Vital statistics of India. Vol. IV, Annual returns from 1871 to 1876. British Army of India, Native Army and jails of Bengal
Year: 1871
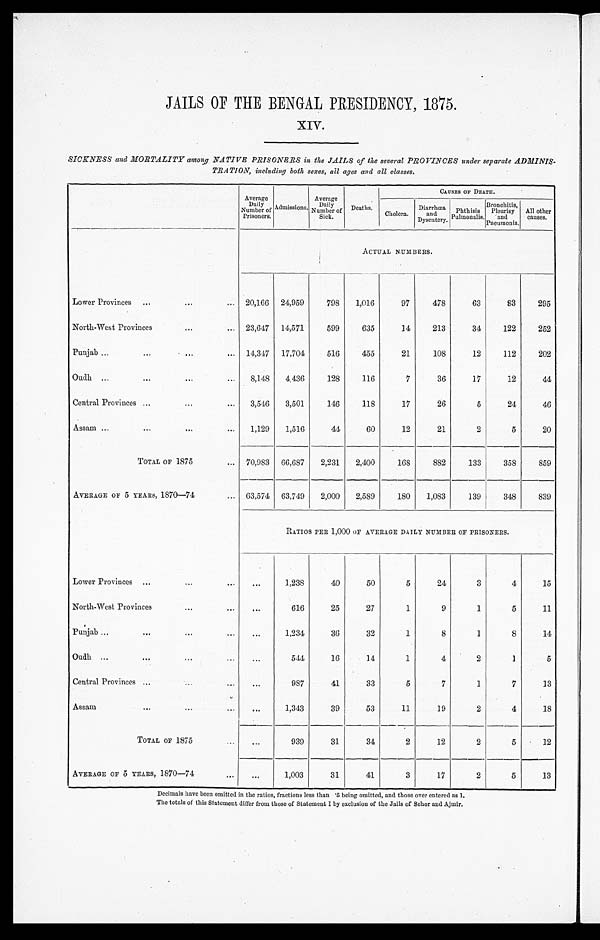
JAILS OF THE BENGAL PRESIDENCY, 1875.
XIV.
SICKNESS and MORTALITY among NATIVE PRISONERS in the JAILS of the several PROVINCES under separate ADMINIS-
TRATION, including both sexes, all ages and all classes.
Average
Daily
Number of
Prisoners.
Admissions.
Average
Daily
Number of
Sick.
Deaths.
CAUSES OF DEATH.
Cholera.
Diarrhœa and
Dysentery. Pulmonalis.
Phthisis Pulmonalis.
Bronchitis,
Pneumonia.
Pleurisy
and Pneumoni a.
All other
causes.
ACTUAL NUMBERS.
Lower Provinces ...
. . .
... 20,166 24,959
798
1,016
97
478
63
83
295
North-West Provinces
...
... 23,647 14,571
599
635
14
213
34
122
252
Punjab . . .
...
. . .
. . .
14,347 17,704
516
455
21
108
12
112
202
Oudh ...
...
. . .
...
8,148
4, 436
128
116
7
36
17
12
44
Central Provinces ...
...
...
3,546
3,501
146
118
17
26
5
24
46
Assam ...
...
. . .
...
1,129
1,516
44
60
12
21
2
5
20
TOTAL OF 1875
... 70,983 66,687
2,231
2,400
168
882
133
358
859
AVERAGE OF 5 YEARS, 1870—74
... 63,574 63,749
2,000
2,589
180
1,083
139
348
839
RATIOS PER 1,000 OF AVERAGE DAILY NUMBER OF PRISONERS.
Lower Provinces ...
. . .
...
...
1,238
40
50
5
24
3
4
15
North-West Provinces
...
...
. . .
616
25
27
1
9
1
5
11
Punjab ...
. . .
. . .
. . .
. . .
1,234
36
32
1
8
1
8
14
Oudh ...
. . .
. . .
...
. . .
544
16
14
1
4
2
1
5
Central Provinces
. . .
. . .
. . .
. . .
987
41
33
5
7
1
7
13
Assam
. . .
. . .
...
. . .
1,343
39
53
11
19
2
4
18
TOTAL OF 1 8 7 5
. . .
. . .
939
31
34
2
12
2
5
12
AVERAGE OF 5 YEARS, 1870-74
. . .
...
1,003
31
41
3
17
2
5
13
Decimals have been omitted in the ratios, fractions less than .5 being omitted, and those over entered as 1.
The totals of this Statement differ from those of Statement I by exclusion of the Jails of Sehor and Ajmir.